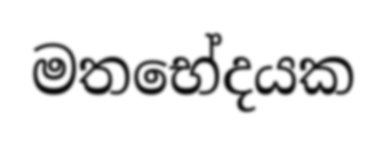
මතභේදයක